Lunatic asylums Central Provinces reports 1895-1909 - 1895-1909
Year: 1895
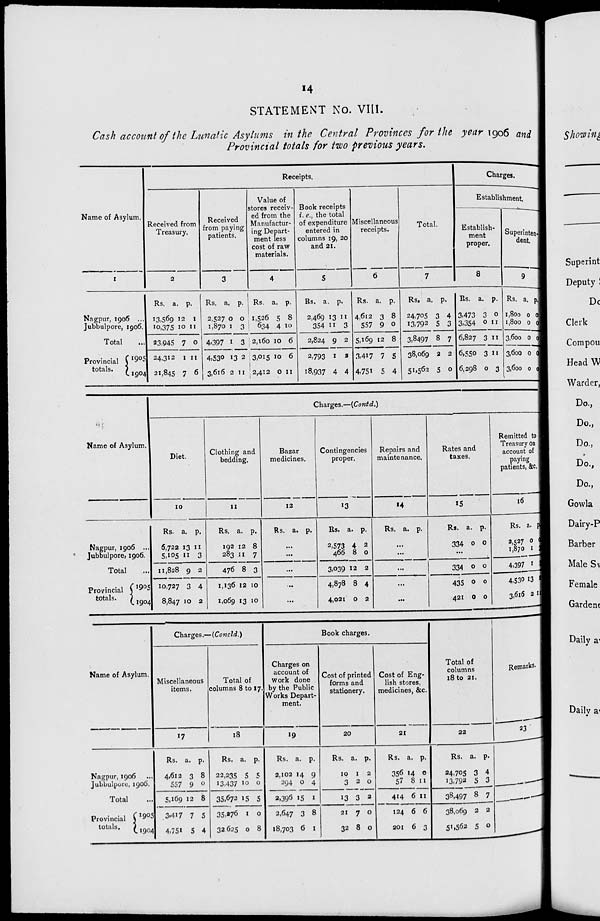
14
STATEMENT No. VIII.
Cash account of the Lunatic Asylums in the Central Provinces for the year 1906 and
Provincial totals for two previous years.
Name of Asylum.
1
1
Nagpur, 1906 ...
Jubbulpore, 1906.
Total
...
Provincial
totals.
1905
1904
Receipts.
Received from
Treasury.
2
Rs.
13,569
10,375
23,945
24,312
21,845
a.
12
10
7
1
7
p.
1
11
0
11
6
Received
from paying
patients.
3
Rs.
2,527
1,870
4,397
4,530
3,616
a.
0
1
1
13
2
p.
0
3
3
2
11
Value of
stores receiv-
ed from the
Manufactur-
ing Depart-
ment less
cost of raw
materials.
4
Rs.
1,526
634
2,160
3,015
2,412
a.
5
4
10
10
0
p.
8
10
6
6
11
Book receipts
i. e., the total
of expenditure
entered in
columns 19, 20
and 21.
5
Rs.
2,469
354
2,824
2,793
18,937
a.
13
11
9
1
4
p.
11
3
2
2
4
Miscellaneous
receipts.
6
Rs.
4,612
557
5,169
3,417
4,751
a.
3
9
12
7
5
p.
8
0
8
5
4
Total.
7
Rs.
24,705
13,792
3,8497
38,069
51,562
a.
3
5
8
2
5
p.
4
3
7
2
0
Charges.
Establishment.
Establish-
ment
proper.
8
Rs.
3,473
3,354
6,827
6,550
6,298
a.
3
0
3
3
0
p.
0
11
11
11
3
Superinten-
dent.
9
Rs.
1,800
1,800
3,600
3,600
3,600
a.
0
0
0
0
0
p.
0
0
0
0
0
Name of Asylum.
Nagpur, 1906 ...
Jubbulpore, 1906.
Total
Provincial
totals.
1905
1904
Charges.—(Contd.)
Diet.
10
Rs.
6,722
5,105
11,828
10,727
8,847
a.
13
11
9
3
10
p.
11
3
2
4
2
Clothing and
bedding.
11
Rs.
192
283
476
1,136
1,069
a.
12
11
8
12
13
p.
8
7
3
10
10
Bazar
medicines.
12
Rs. a. p.
...
...
...
...
...
Contingencies
proper.
13
Rs.
2,573
466
3,039
4,878
4,021
a.
4
8
12
8
0
p.
2
0
2
4
2
Repairs and
maintenance.
14
Rs. a. p.
...
...
...
...
...
Rates and
taxes.
15
Rs.
334
a.
0
p.
0
...
334
435
421
0
0
0
0
0
0
Remitted to
Treasury on
account of
paying
patients, &c.
16
Rs.
2,527
1,870
4,397
4,530
3,616
a.
0
1
1
13
2
p.
0
0
0
0
0
Name of Asylum.
Nagpur, 1906...
Jubbulpure, 1906.
Total...
Provincial
totals.
1905
1904
Charges.—(Concld.)
Miscellaneous
items.
17
Rs.
4,612
557
5,169
3,417
4,751
a.
3
9
12
7
5
p.
8
0
8
5
4
Total of
columns 8 to 17.
18
Rs.
22,235
13,437
35,672
35,276
32,625
a.
5
10
15
1
0
p.
5
0
5
0
8
Book charges.
Charges on
account of
work done
by the Public
Works Depart-
ment.
19
Rs.
2,102
294
2,396
2,647
18,703
a.
14
0
15
3
6
p.
9
4
1
8
1
Cost of printed
forms and
stationery.
20
Rs.
10
3
13
21
32
a.
1
2
3
7
8
p.
2
0
2
0
0
Cost of Eng-
lish stores,
medicines, &c.
21
Rs.
356
57
414
124
201
a.
14
8
6
6
6
p.
0
11
11
6
3
Total of
columns
18 to 21.
22
Rs.
24,705
13,792
38,497
38,069
51,562
a.
3
5
8
2
5
p.
4
3
7
2
0
Remarks.
23